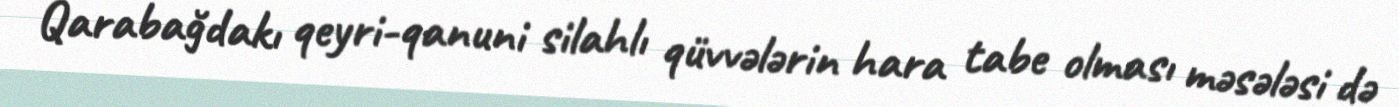
Qarabağdakı qeyri-qanuni silahlı qüvvələrin hara tabe olması məsələsi də